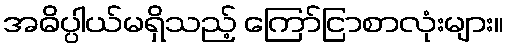
အဓိပ္ပါယ်မရှိသည့် ကြော်ငြာစာလုံးများ။